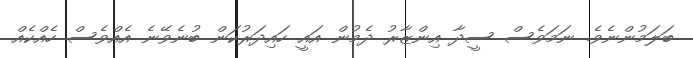
ބަލަމުންނެވެ. ނަމަވެސް ސީދާ އިންޒާރު ދެމުން އައީ ހައިދަރުކަން ބުނެވޭނެ އެއްވެސް ހެއްކެއް